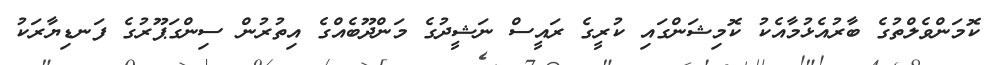
ކޮމަންވެލްތުގެ ބާރުއެޅުމާއެކު ކޮމިޝަންގައި ކުރީގެ ރައީސް ނަޝީދުގެ މަންދޫބެއްގެ އިތުރުން ސިންގަޕޫރުގެ ފަނޑިޔާރަކު